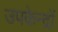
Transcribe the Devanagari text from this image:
उपकेन्द्रों